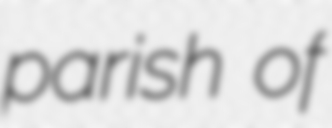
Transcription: parish of